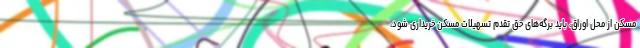
مسکن از محل اوراق، باید برگه‌های حق تقدم تسهیلات مسکن خریداری شود،